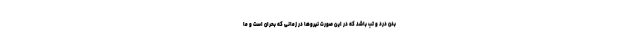
بدن درد و تب باشد که در این صورت نیروها در زمانی که بحران است و ما